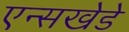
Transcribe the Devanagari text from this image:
एन्सखेडे